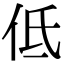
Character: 低